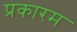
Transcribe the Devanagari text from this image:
प्रकारम